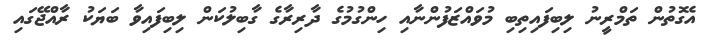
އެގޮތުން ތަމްރީނު ލިބިފައިތިބި މުވައްޒަފުންނާއި ހިންގުމުގެ ދާރިރާގެ ގާބިލުކަން ލިބިފައިވާ ބަޔަކު ރާއްޖޭގައި